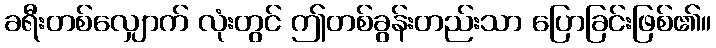
ခရီးတစ်လျှောက် လုံးတွင် ဤတစ်ခွန်းတည်းသာ ပြောခြင်းဖြစ်၏။